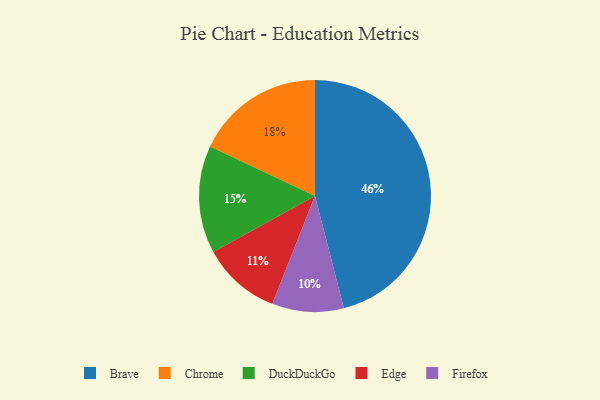
{"axis": {"x": "Category", "y": "Percentage"}, "legend": ["Brave", "Chrome", "DuckDuckGo", "Edge", "Firefox"], "data": [{"x": "DuckDuckGo", "y": 15, "type": "DuckDuckGo"}, {"x": "Firefox", "y": 10, "type": "Firefox"}, {"x": "Brave", "y": 46, "type": "Brave"}, {"x": "Chrome", "y": 18, "type": "Chrome"}, {"x": "Edge", "y": 11, "type": "Edge"}]}